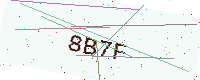
Text: 8B7F